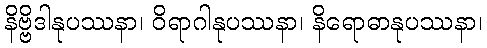
နိဗ္ဗိဒါနုပဿနာ၊ ဝိရာဂါနုပဿနာ၊ နိရောဓာနုပဿနာ၊